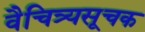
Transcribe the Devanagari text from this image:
वैचित्र्यसूचक